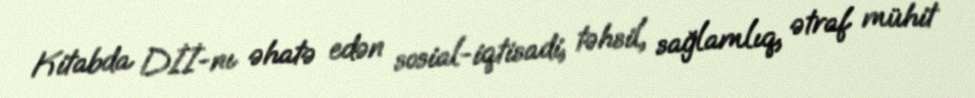
Kitabda Dİİ-nı əhatə edən sosial-iqtisadi, təhsil, sağlamlıq, ətraf mühit